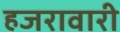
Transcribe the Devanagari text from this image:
हजरावारी